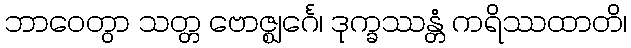
ဘာဝေတွာ သတ္တ ဗောဇ္ဈင်္ဂေ၊ ဒုက္ခဿန္တံ ကရိဿထာတိ၊